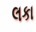
લકા